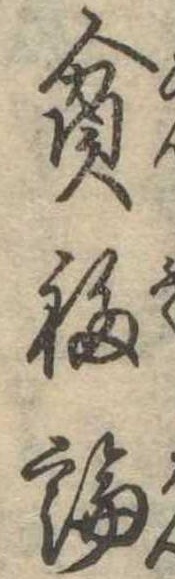
貧福論